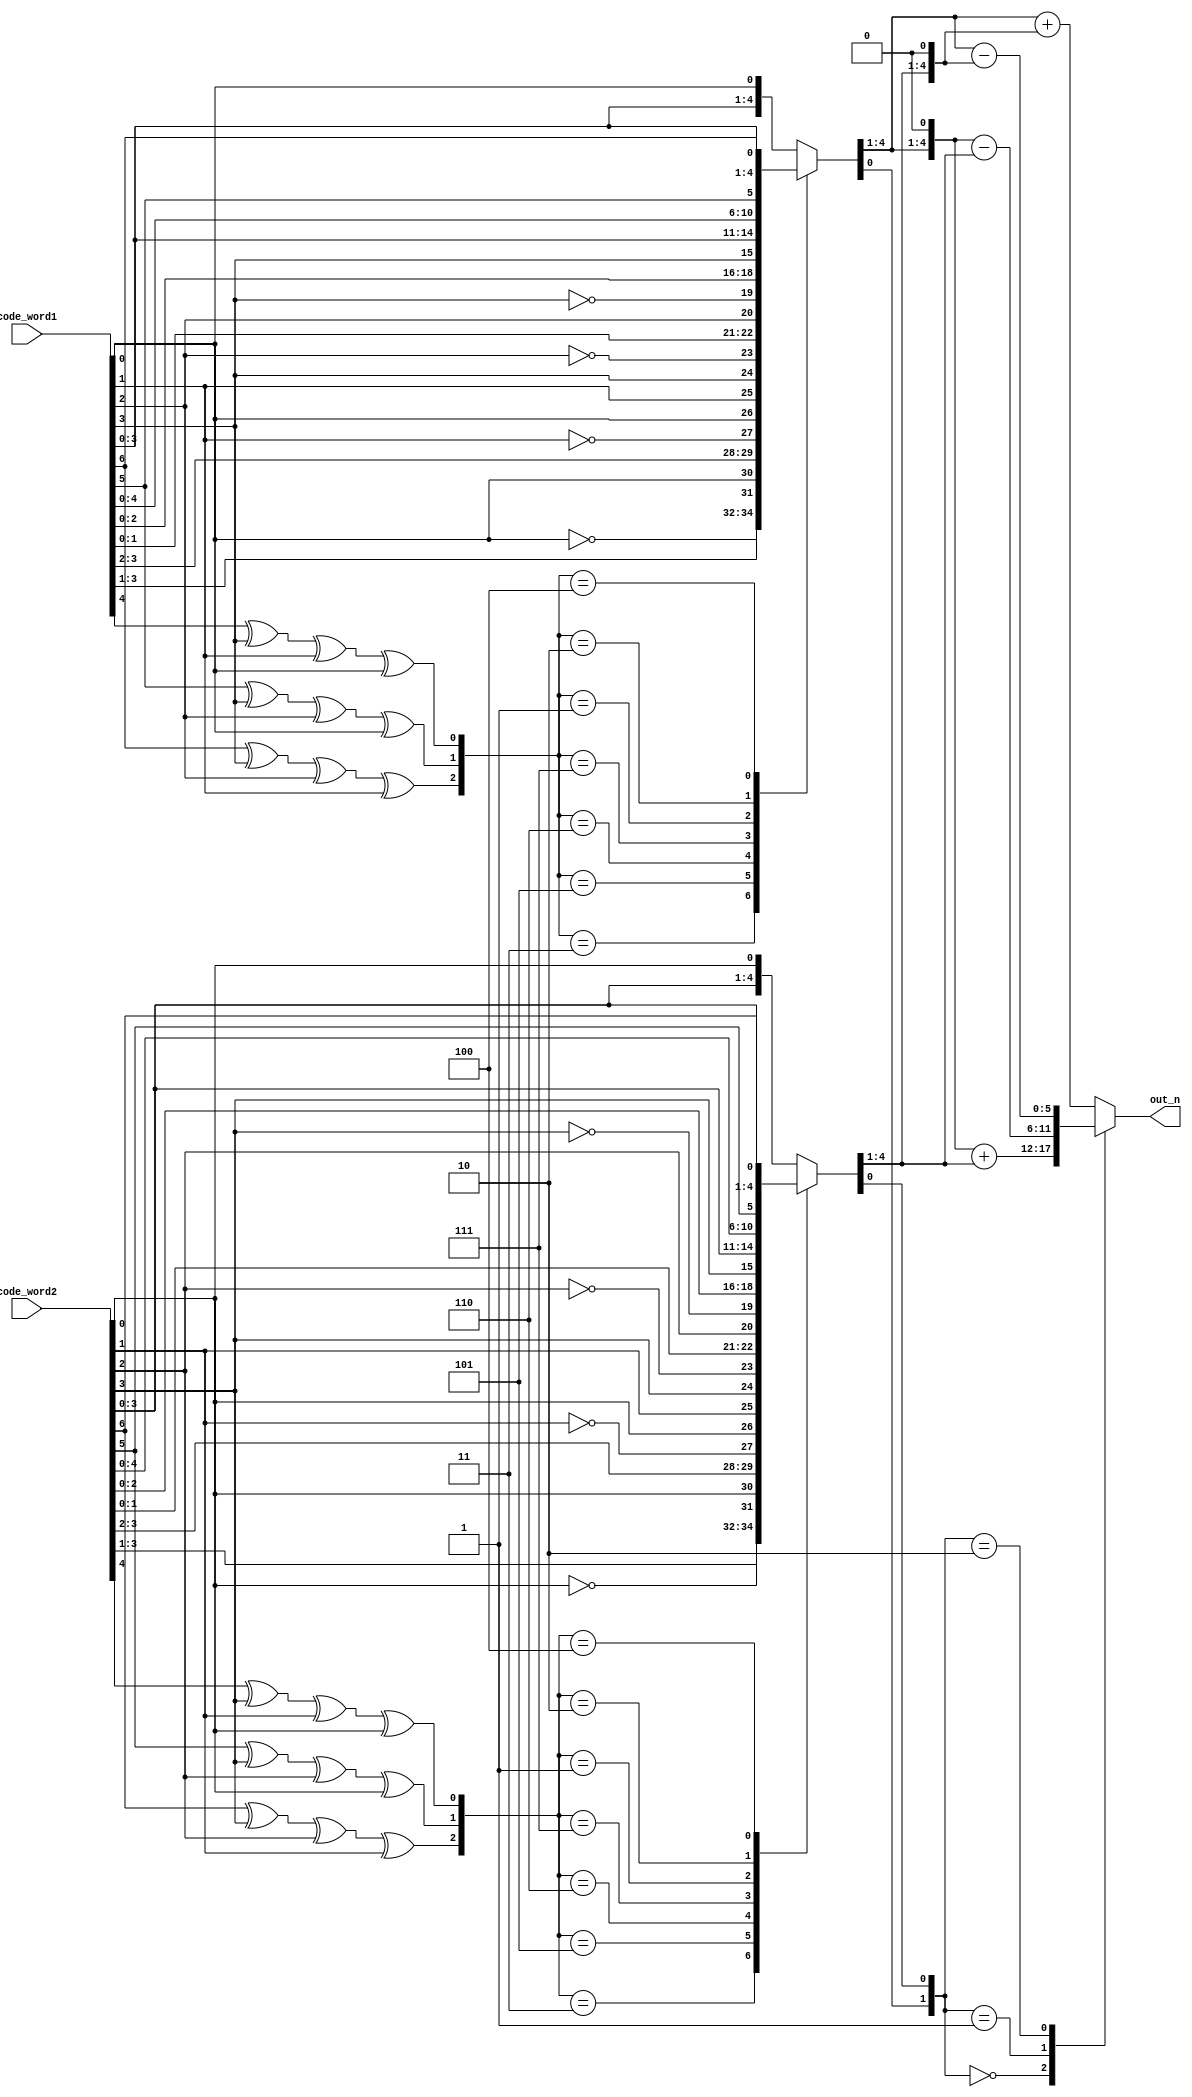
module HD(
	code_word1,
	code_word2,
	out_n
);
input  [6:0]code_word1, code_word2;
output reg signed[5:0] out_n;

wire a1,a2,a3;
wire A1,A2,A3;
wire [2:0] B1,B2;
wire signed [3:0] c1,c2;
wire [1:0] opt;
reg signed [4:0] x1,x2;

assign a1=code_word1[6]^code_word1[3]^code_word1[2]^code_word1[1];
assign a2=code_word1[5]^code_word1[3]^code_word1[2]^code_word1[0];
assign a3=code_word1[4]^code_word1[3]^code_word1[1]^code_word1[0];
assign B1={a1,a2,a3};

assign A1=code_word2[6]^code_word2[3]^code_word2[2]^code_word2[1];
assign A2=code_word2[5]^code_word2[3]^code_word2[2]^code_word2[0];
assign A3=code_word2[4]^code_word2[3]^code_word2[1]^code_word2[0];
assign B2={A1,A2,A3};

assign {c1,opt[1],c2,opt[0]}={x1,x2};

always@(*)
begin
	case(B1)
	3'b011:x1={code_word1[3] ,code_word1[2] ,code_word1[1] ,~code_word1[0],code_word1[0]};	
	3'b101:x1={code_word1[3] ,code_word1[2] ,~code_word1[1],code_word1[0] ,code_word1[1]};
	3'b110:x1={code_word1[3] ,~code_word1[2],code_word1[1] ,code_word1[0] ,code_word1[2]};
	3'b111:x1={~code_word1[3],code_word1[2] ,code_word1[1] ,code_word1[0] ,code_word1[3]};
	3'b001:x1={code_word1[3] ,code_word1[2] ,code_word1[1] ,code_word1[0] ,code_word1[4]};
	3'b010:x1={code_word1[3] ,code_word1[2] ,code_word1[1] ,code_word1[0] ,code_word1[5]};
	3'b100:x1={code_word1[3] ,code_word1[2] ,code_word1[1] ,code_word1[0] ,code_word1[6]};
	default:x1={code_word1[3],code_word1[2] ,code_word1[1] ,code_word1[0] ,code_word1[0]};
	endcase
    
	case(B2)
	3'b011:x2={code_word2[3] ,code_word2[2] ,code_word2[1] ,~code_word2[0],code_word2[0]};
	3'b101:x2={code_word2[3] ,code_word2[2] ,~code_word2[1],code_word2[0] ,code_word2[1]};
	3'b110:x2={code_word2[3] ,~code_word2[2],code_word2[1] ,code_word2[0] ,code_word2[2]};
	3'b111:x2={~code_word2[3],code_word2[2] ,code_word2[1] ,code_word2[0] ,code_word2[3]};
	3'b001:x2={code_word2[3] ,code_word2[2] ,code_word2[1] ,code_word2[0] ,code_word2[4]};
	3'b010:x2={code_word2[3] ,code_word2[2] ,code_word2[1] ,code_word2[0] ,code_word2[5]};
	3'b100:x2={code_word2[3] ,code_word2[2] ,code_word2[1] ,code_word2[0] ,code_word2[6]};
	default:x2={code_word2[3],code_word2[2] ,code_word2[1] ,code_word2[0] ,code_word2[0]};
	endcase

	case(opt)
	2'b00:out_n=(c1<<<1)+c2;
	2'b01:out_n=(c1<<<1)-c2;
	2'b10:out_n=c1-(c2<<<1);
	default:out_n=c1+(c2<<<1);
	endcase
end

endmodule